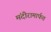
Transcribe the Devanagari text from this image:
मंदीरामार्फत